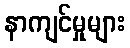
နာကျင်မှုများ